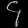
Digit: ၄